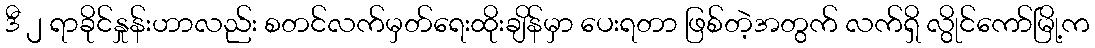
ဒီ ၂ ရာခိုင်နှုန်းဟာလည်း စတင်လက်မှတ်ရေးထိုးချိန်မှာ ပေးရတာ ဖြစ်တဲ့အတွက် လက်ရှိ လွိုင်ကော်မြို့က